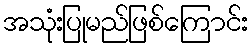
အသုံးပြုမည်ဖြစ်ကြောင်း